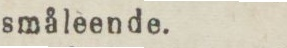
småleende.